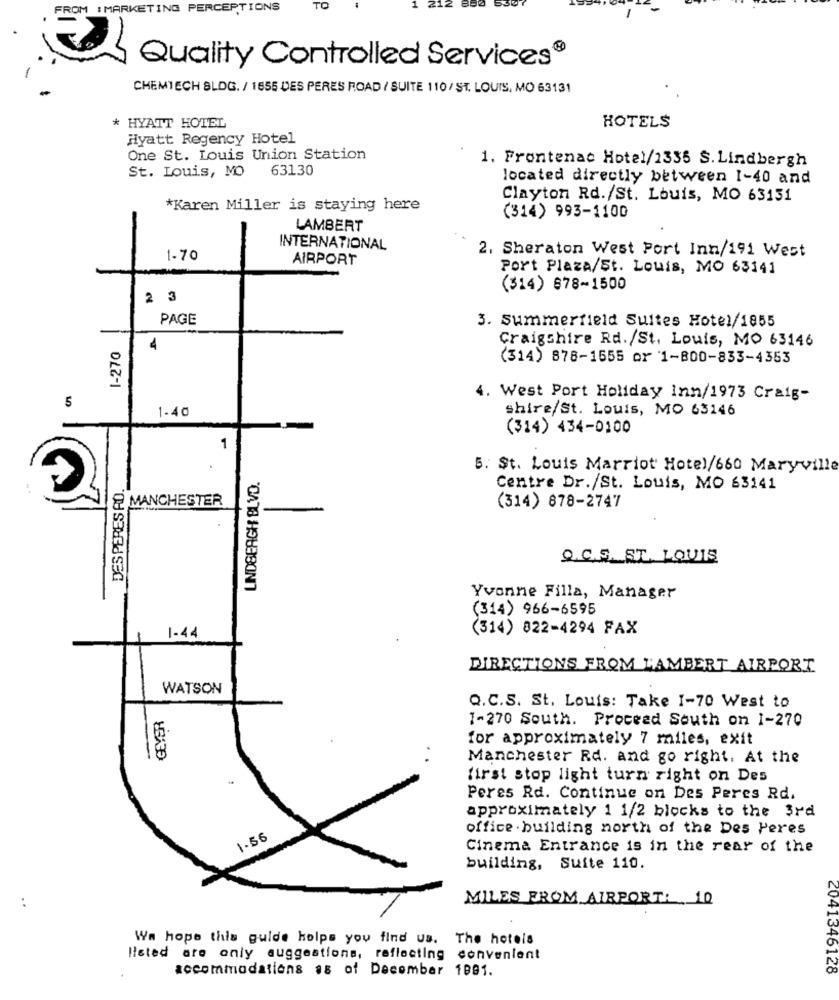
FROM :MARKETING PERCEPTIONS
TO
Quality Controlled Services®
CHEMTECH SLDG. / 1855 DES PERES ROAD / SUITE 110/ ST. LOUIS, MO 63131
* HYATT HOTEL
HOTELS
Hyatt Regency Hotel
One St. Louis Union Station
1. Frontenac Hotel/2335 S.Lindbergh
63130
St. Louis, MO
located directly between 1-40 and
Clayton Rd./St. Louis, MO 63131
*Karen Miller is staying here
-
(314) 993-1100
LAMBERT
INTERNATIONAL
2, Sheraton West Port Inn/191 West
1-70
AIRPORT
Port Plaza/St. Louis, MO 63141
(314) 878-1500
2 3
PAGE
3. Summerfield Suites Hotel/1855
Craigshire Rd./St. Louis, MO 63146
1-270
(314) 878-1555 or 1-800-833-4353
4. West Port Holiday Inn/1973 Craig-
5
1-40
shire/St. Louis, MO 63146
(314) 434-0100
1
5. St. Louis Marriot Hotel/660 Maryville
LINDBERGH BLVD.
DES PERES AD
Centre Dr./St. Louis, MO 63141
MANCHESTER
(314) 878-2747
Q. C.S. ST. LOUIS
Yvonne Filla, Manager
(314) 966-6595
(314) 822-4294 FAX
1-44
DIRECTIONS FROM LAMBERT AIRPORT
WATSON
GEYER
Q.C.S. St. Louis: Take 1-70 West to
1-270 South. Proceed South on 1-270
for approximately 7 miles, exit
=
. .
Manchester Rd. and go right. At the
first stop light turn right on Des
Peres Rd. Continue on Des Peres Rd.
approximately 1 1/2 blocks to the 3rd
office . building north of the Des Peres
1.55
Cinema Entrance is in the rear of the
building, Suite 110.
MILES FROM AIRPORT: 10
..
Wa hope this guide kolps you find us. The hotels
listed are only suggestions, reflecting convenient
accommodations as of December 1991.
2041346128